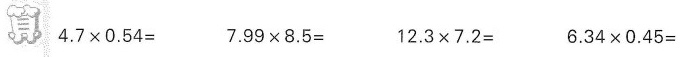
算$$4 . 7 × 0 . 5 4 =$$ $$7 . 9 9 × 8 . 5 =$$ $$1 2 . 3 × 7 . 2 =$$ $$6 . 3 4 × 0 . 4 5 =$$